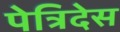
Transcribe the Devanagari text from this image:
पेत्रिदेस